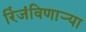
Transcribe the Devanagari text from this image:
रिंजंविणार्‍या